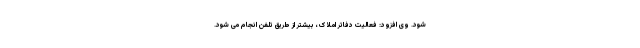
شود. وی افزود: فعالیت دفاتر املاک، بیشتر از طریق تلفن انجام می شود.